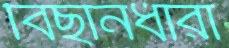
বিছানধারা